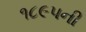
૧૮૯૫ની